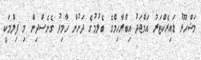
މަޝްހޫރު ޑައިރެކްޓަރު އަމްޖަދު އިބްރާހިމްގެ ބެލުމުގެ ދަށުން ހާމިދު ގެނެސްދިން މި ފިލްމަކީ